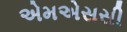
એમએસસી